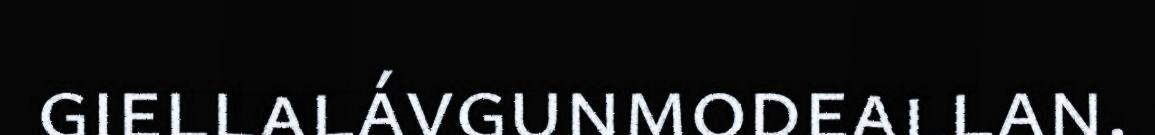
giellalávgunmodeallan.